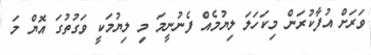
ވަރަށް އުފާކުރަން މިކަހަލަ ލިޔުމެއް ފެނުނީމަ މި ލިޔުމަކީ ވަގުތުގަ އޮޔް މަ